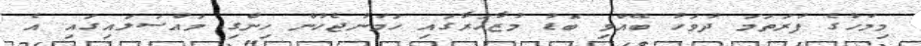
މިމަހުގެ ފުރަތަމަ ދުވަހު ބޭއްވި ބޮޑު މުޒާހަރާގައި ހަމަނުޖެހުން ހިންގި މައްސަލައިގައި އެ